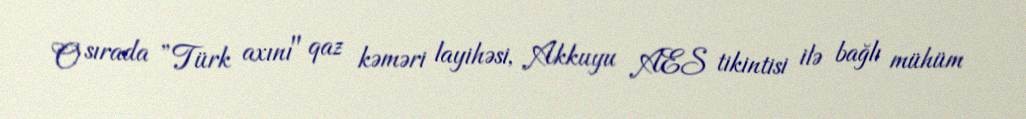
O sırada ”Türk axını" qaz kəməri layihəsi, Akkuyu AES tikintisi ilə bağlı mühüm